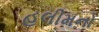
હલીમનો